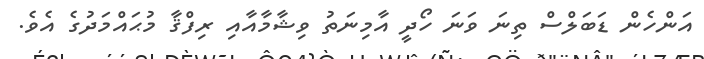
އަންހެން ޑަބަލްސް ތިނަ ވަނަ ހޯދީ އާމިނަތު ވިޝާމާއާއިި ރިފްޤާ މުޙައްމަދުގެ އެވެ.